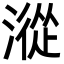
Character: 漎